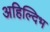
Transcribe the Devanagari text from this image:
अहिल्दिभ